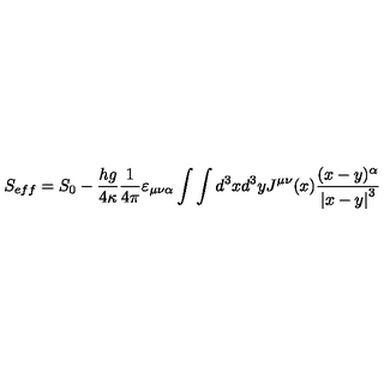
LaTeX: S _ { e f f } = S _ { 0 } - \frac { h g } { 4 \kappa } \frac 1 { 4 \pi } \varepsilon _ { \mu \nu \alpha } \int \int d ^ { 3 } x d ^ { 3 } y J ^ { \mu \nu } ( x ) \frac { ( x - y ) ^ { \alpha } } { \left| x - y \right| ^ { 3 } }